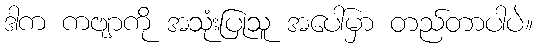
ဒါက ကဗျာကို အသုံးပြုသူ အပေါ်မှာ တည်တာပါပဲ။